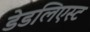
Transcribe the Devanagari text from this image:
डेडलिएस्ट